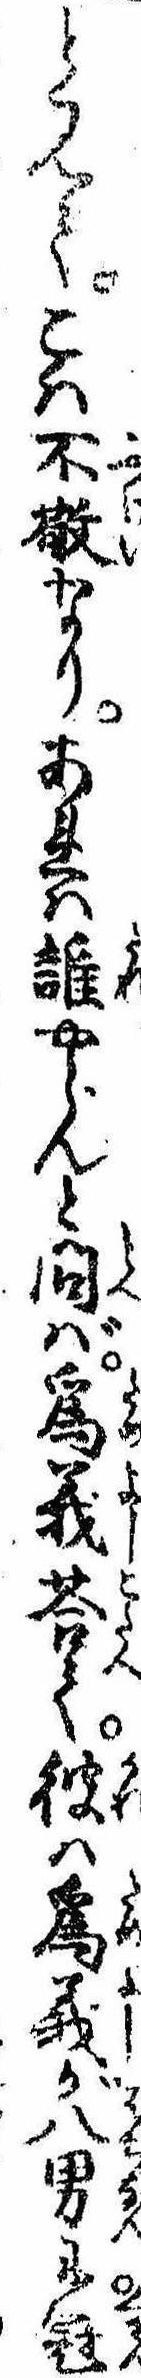
と見てこは不敬なりあれは誰やらんと問ば為義答て彼は為義が八男に冠